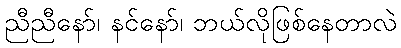
ညီညီနော်၊ နင်နော်၊ ဘယ်လိုဖြစ်နေတာလဲ